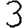
Digit: 3